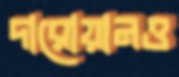
দারোয়ানও